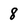
Character: 8